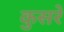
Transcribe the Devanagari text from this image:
कुसरे